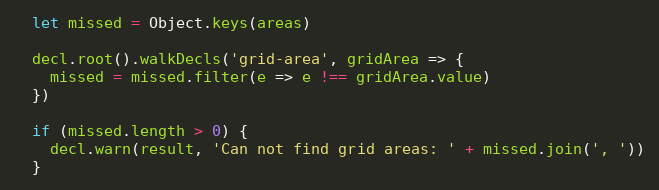
Language: JavaScript
  let missed = Object.keys(areas)

  decl.root().walkDecls('grid-area', gridArea => {
    missed = missed.filter(e => e !== gridArea.value)
  })

  if (missed.length > 0) {
    decl.warn(result, 'Can not find grid areas: ' + missed.join(', '))
  }